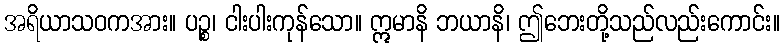
အရိယာသဝကအား။ ပဉ္စ၊ ငါးပါးကုန်သော။ ဣမာနိ ဘယာနိ၊ ဤဘေးတို့သည်လည်းကောင်း။